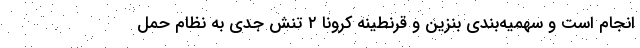
انجام است و سهمیه‌بندی بنزین و قرنطینه کرونا ۲ تنش جدی به نظام حمل